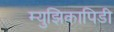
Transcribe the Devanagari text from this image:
म्युझिकापिडी